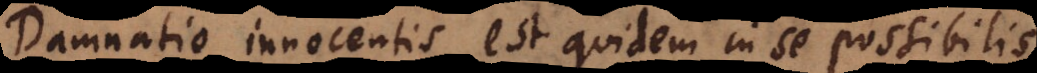
Damnatio innocentis est quidem in se possibilis